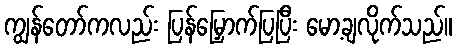
ကျွန်တော်ကလည်း ပြန်မြှောက်ပြပြီး မော့ချလိုက်သည်။